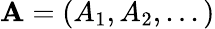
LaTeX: \mathbf{A}=(A_{1},A_{2},...)